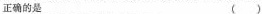
正确的是 ( )